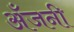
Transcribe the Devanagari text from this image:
अँजनी